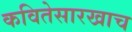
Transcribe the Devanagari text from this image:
कवितेसारखाच